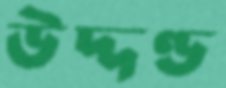
উদ্দণ্ড